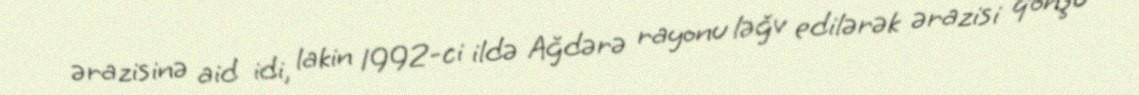
ərazisinə aid idi, lakin 1992-ci ildə Ağdərə rayonu ləğv edilərək ərazisi qonşu